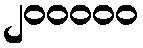
၂၀၀၀၀၀